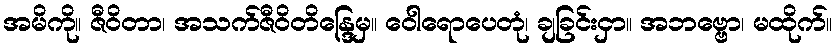
အမိကို။ ဇီဝိတာ၊ အသက်ဇီဝိတိန္ဒြေမှ။ ဝေါရောပေတုံ၊ ချခြင်းငှာ။ အဘဗ္ဗော၊ မထိုက်။